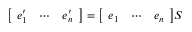
{ \left[ \begin{array} { l l l } { e _ { 1 } ^ { \prime } } & { \cdots } & { e _ { n } ^ { \prime } } \end{array} \right] } = { \left[ \begin{array} { l l l } { e _ { 1 } } & { \cdots } & { e _ { n } } \end{array} \right] } S